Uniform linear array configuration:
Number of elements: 48
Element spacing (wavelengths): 1
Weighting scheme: binomial
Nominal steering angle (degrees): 45
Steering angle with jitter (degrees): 43.759
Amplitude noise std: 0.05
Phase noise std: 0.05

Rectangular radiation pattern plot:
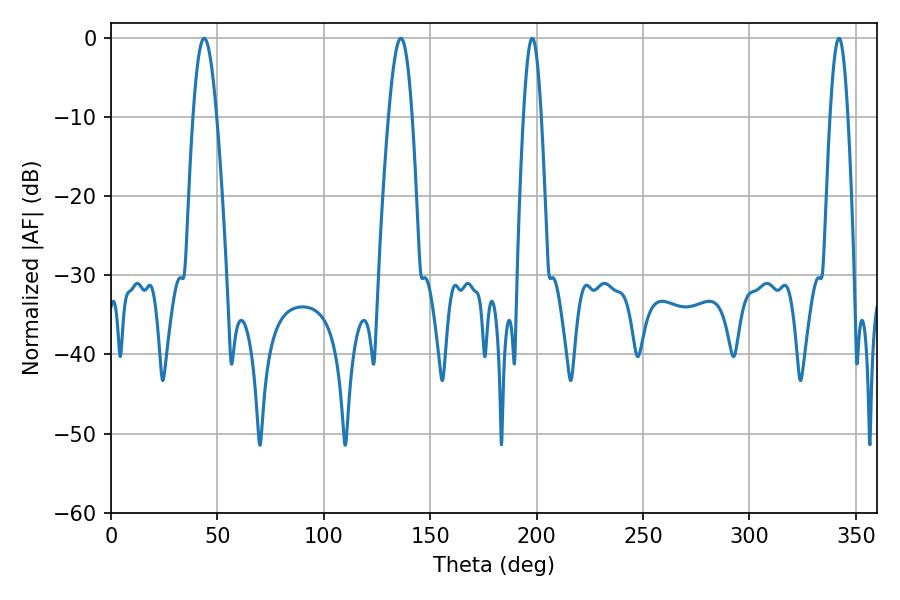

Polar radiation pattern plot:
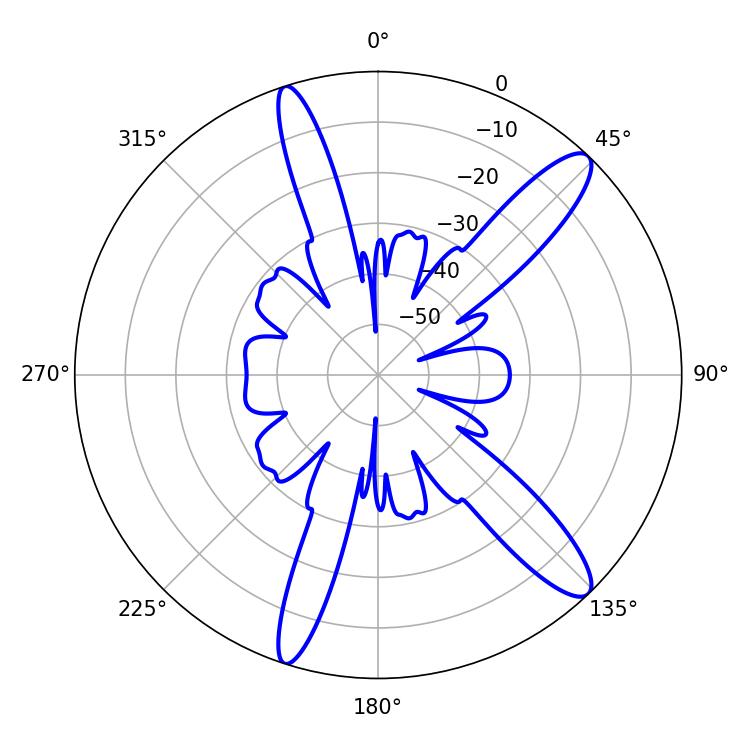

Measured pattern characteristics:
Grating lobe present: TRUE
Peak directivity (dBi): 12.803
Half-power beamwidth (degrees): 5.94
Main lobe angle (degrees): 43.74